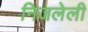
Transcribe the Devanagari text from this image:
निजलेली